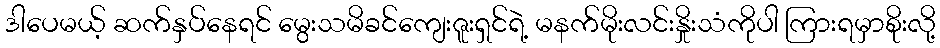
ဒါပေမယ့် ဆက်နှပ်နေရင် မွေးသမိခင်ကျေးဇူးရှင်ရဲ့ မနက်မိုးလင်းနှိုးသံကိုပါ ကြားရမှာစိုးလို့